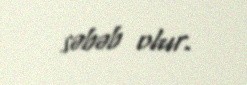
səbəb olur.